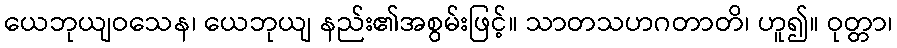
ယေဘုယျဝသေန၊ ယေဘုယျ နည်း၏အစွမ်းဖြင့်။ သာတသဟဂတာတိ၊ ဟူ၍။ ဝုတ္တာ၊